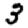
Digit: 3